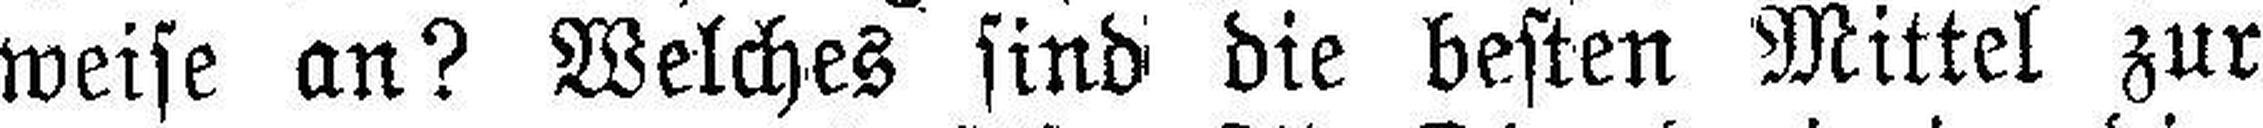
weise an? Welches sind die besten Mittel zur